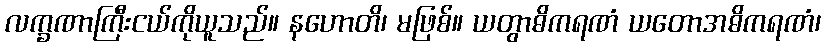
လက္ခဏာကြီးငယ်ကိုယူသည်။ နဟောတိ၊ မဖြစ်။ ယတွာဓိကရဏံ ယတောအဓိကရဏံ၊